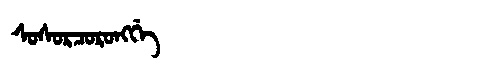
Manchu: ᠰᠣᠰᠣᡵᠴᠣᡵᠣᠩᡤᡝ
Romanization: SOSORCORONGGE